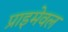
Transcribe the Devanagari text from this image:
प्राइमेवल